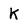
Character: K